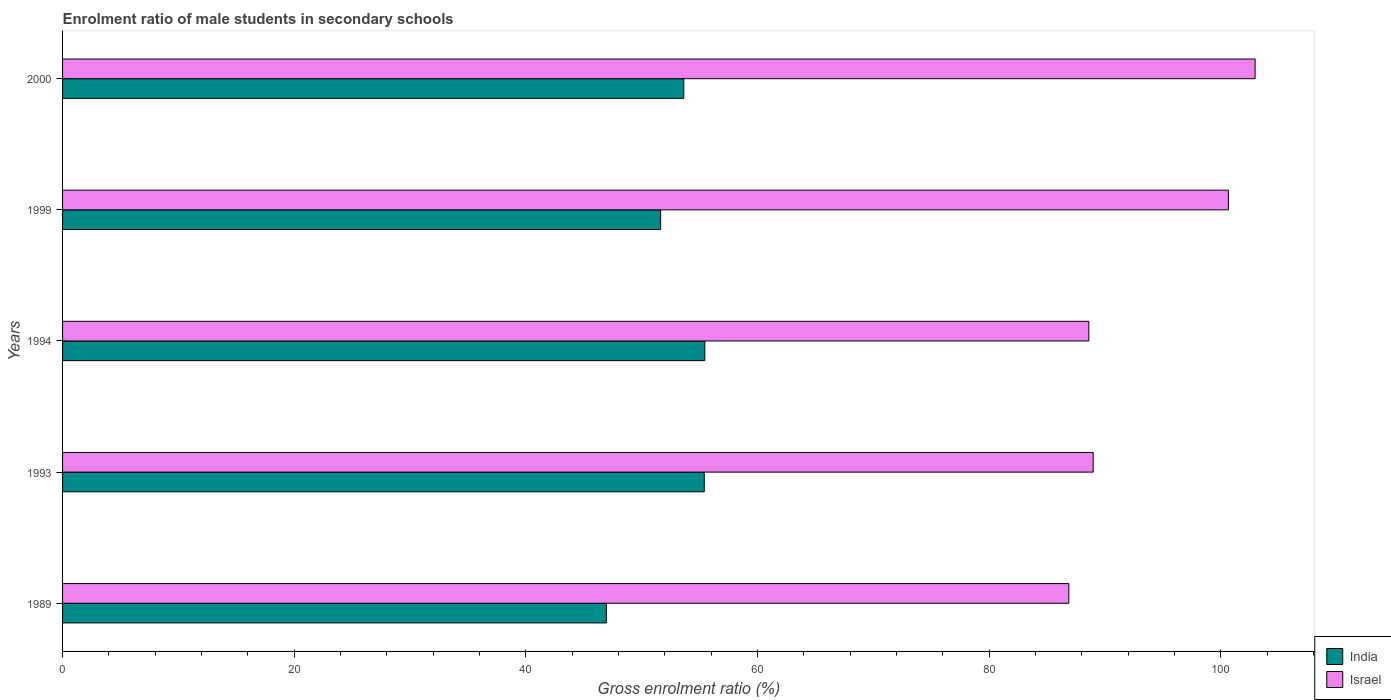
| Years | India | Israel |
 | --- | --- | --- |
 | 1989 | 47 | 86.9 |
 | 1993 | 55.4 | 89 |
 | 1994 | 55.5 | 88.6 |
 | 1999 | 51.6 | 101 |
 | 2000 | 53.6 | 103 |